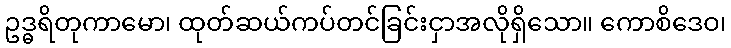
ဥဒ္ဓရိတုကာမော၊ ထုတ်ဆယ်ကပ်တင်ခြင်းငှာအလိုရှိသော။ ကောစိဒေဝ၊